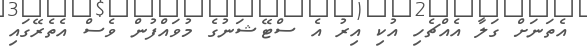
އެތަނަށް ގަލާ އެއްޗެހި އުކި އިރު އެ ސްޓޭޝަނުގެ މުވައްފުން ވެސް އެތެރޭގައި